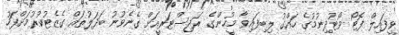
ވީފައިލް ފޮޓޯ ވޯޓުދިނުމުގެ ހައްގު ލިބިފައިވާ މީހުންގެ ރަޖިސްޓަރީއަށް ގެނެވުނު ބަދަލުތައް ގެޒެޓުކުރުމަށްފަހު